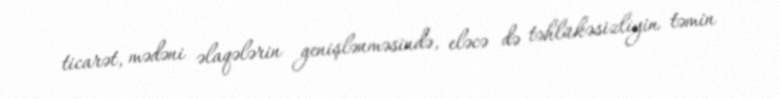
ticarət, mədəni əlaqələrin genişlənməsində, eləcə də təhlükəsizliyin təmin